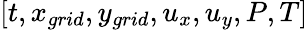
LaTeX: [t,{x_{grid}},{y_{grid}},{u_{x}},{u_{y}},P,T]